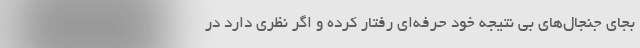
بجای جنجال‌های بی نتیجه خود حرفه‌ای رفتار کرده و اگر نظری دارد در